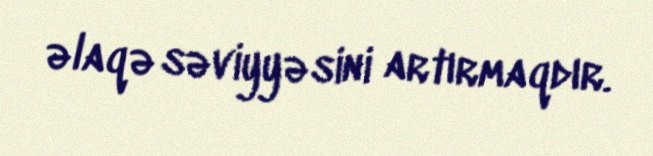
əlaqə səviyyəsini artırmaqdır.